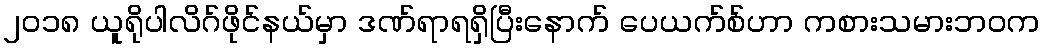
၂၀၁၈ ယူရိုပါလိဂ်ဖိုင်နယ်မှာ ဒဏ်ရာရရှိပြီးနောက် ပေယက်စ်ဟာ ကစားသမားဘဝက